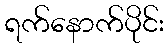
ရက်နောက်ပိုင်း